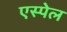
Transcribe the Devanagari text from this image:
एस्पेल